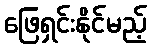
ဖြေရှင်းနိုင်မည့်